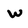
Character: w